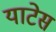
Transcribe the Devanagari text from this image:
याटेस